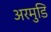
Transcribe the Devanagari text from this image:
अरमुडि